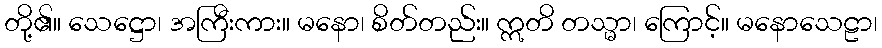
တို့၏။ သေဋ္ဌော၊ အကြီးကား။ မနော၊ စိတ်တည်း။ ဣတိ တသ္မာ၊ ကြောင့်။ မနောသေဠာ၊